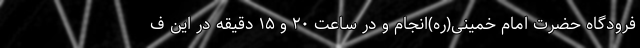
فرودگاه حضرت امام خمینی(ره)انجام و در ساعت ۲۰ و ۱۵ دقیقه در این ف